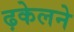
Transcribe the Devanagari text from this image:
ढ़केलने